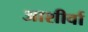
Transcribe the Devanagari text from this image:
आशीर्वा